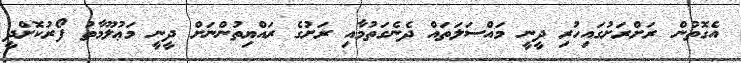
އެގޮތުން ރަށްރަށުގައިހުރި ދީނީ މައްސަލަތައް ދެނެގަތުމާއި ރަށުގެ ރައްޔިތުންނަށް ދީނީ މަޢުލޫމާތު ފޯރުކޮށްދީ